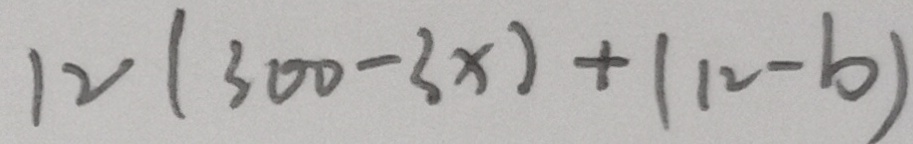
1 2 ( 3 0 0 - 3 x ) + ( 1 2 - b )